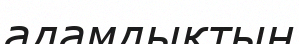
адамдықтың